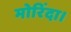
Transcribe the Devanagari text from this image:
मोरिंदा।